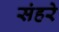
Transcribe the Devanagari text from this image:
संहरे